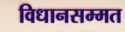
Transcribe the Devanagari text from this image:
विधानसम्मत